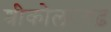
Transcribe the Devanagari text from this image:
श्रीकोलरगढ़